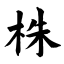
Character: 株